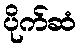
ပိုက်ဆံ